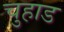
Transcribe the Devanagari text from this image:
चुहाड